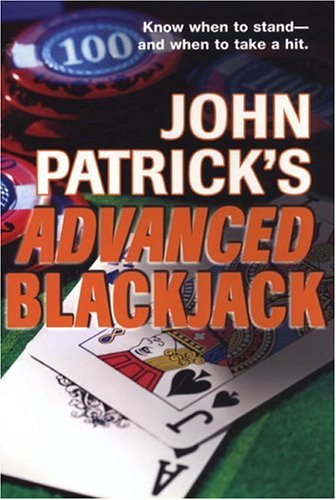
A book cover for John Patrick's Advanced Blackjack; John Patrick; Humor & Entertainment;